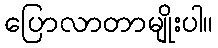
ပြောလာတာမျိုးပါ။